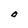
Character: O